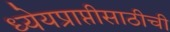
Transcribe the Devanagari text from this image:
ध्येयप्राप्तीसाठीची